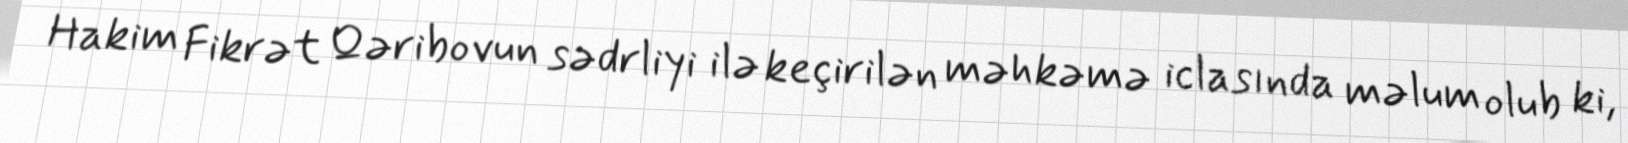
Hakim Fikrət Qəribovun sədrliyi ilə keçirilən məhkəmə iclasında məlum olub ki,